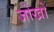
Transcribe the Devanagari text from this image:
जोखों